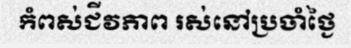
កំពស់ជីវភាព រស់នៅប្រចាំថ្ងៃ